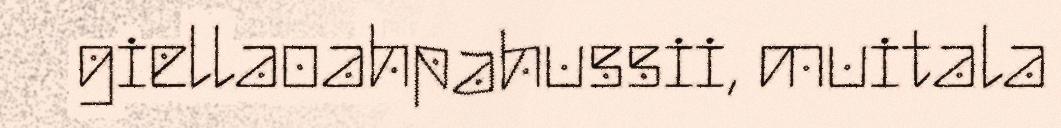
giellaoahpahussii, muitala